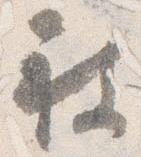
被